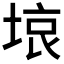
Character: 𭎳